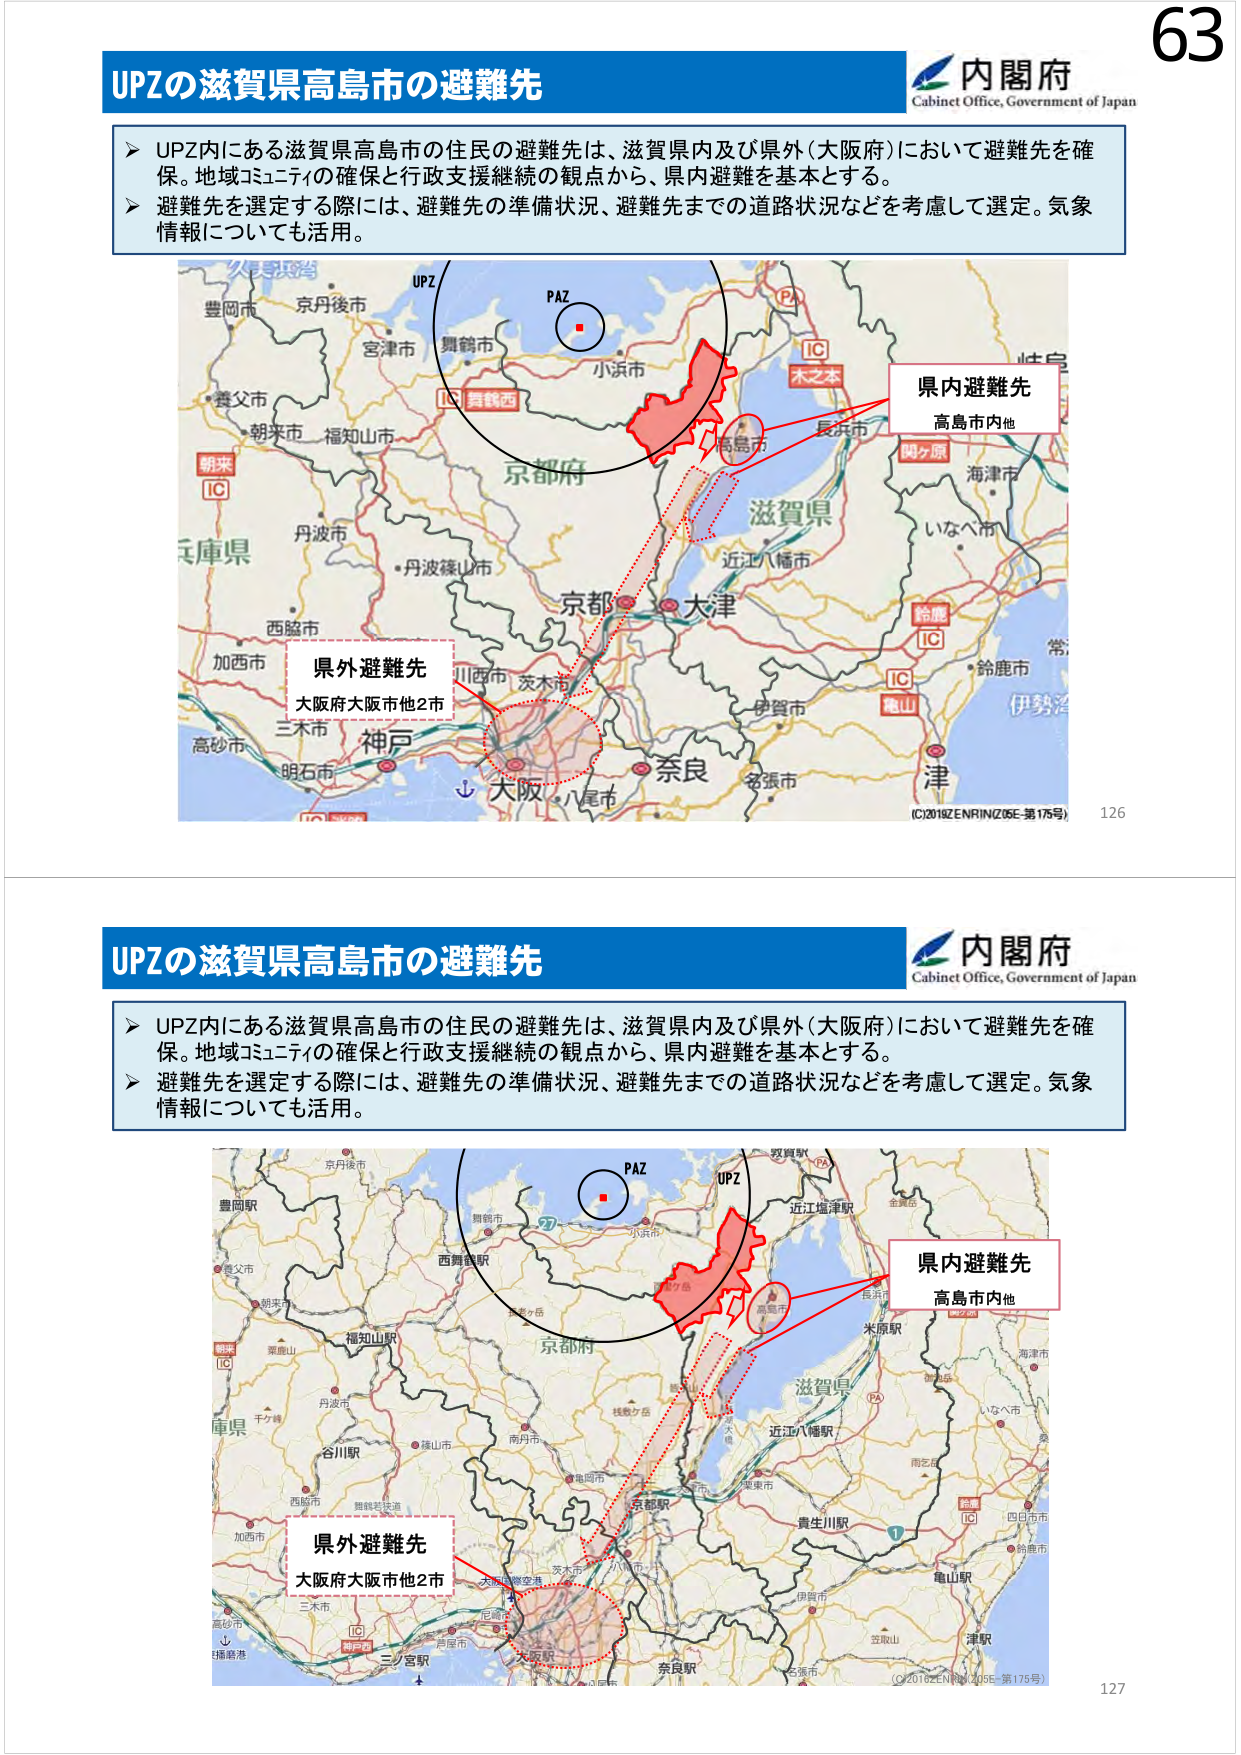
63
内閣府
Cabinet Office, Government of Japan
UPZの滋賀県高島市の避難先
➤ UPZ内にある滋賀県高島市の住民の避難先は、滋賀県内及び県外（大阪府）において避難先を確保。地域コミュニティの確保と行政支援継続の観点から、県内避難を基本とする。
➤ 避難先を選定する際には、避難先の準備状況、避難先までの道路状況などを考慮して選定。気象情報についても活用。
UPZ
PAZ
京都府
滋賀県
長浜市
高島市
木之本
IC
関ヶ原
海津市
いなべ市
鈴鹿
IC
伊勢湾
津
名張市
奈良
大津
京都
茨木市
川西市
神戸
明石市
三木市
高砂市
加西市
西脇市
丹波篠山市
丹波市
朝来
IC
豊岡市
京丹後市
宮津市
舞鶴市
小浜市
兵庫県
県内避難先
高島市内他
県外避難先
大阪府大阪市他2市
(C)2018ZENRIN(Z05E-第175号)
126
内閣府
Cabinet Office, Government of Japan
UPZの滋賀県高島市の避難先
➤ UPZ内にある滋賀県高島市の住民の避難先は、滋賀県内及び県外（大阪府）において避難先を確保。地域コミュニティの確保と行政支援継続の観点から、県内避難を基本とする。
➤ 避難先を選定する際には、避難先の準備状況、避難先までの道路状況などを考慮して選定。気象情報についても活用。
PAZ
UPZ
京都府
滋賀県
近江八幡駅
近江塩津駅
金森岳
長浜市
米原駅
海津市
いなべ市
四日市市
鈴鹿市
津駅
伊賀市
名張市
奈良駅
大津
京都
南丹市
亀岡市
京都市
天橋立
丹波市
福知山駅
谷川駅
篠山市
西脇市
加西市
高砂市
三木市
明石市
神戸
大阪駅
尼崎市
兵庫県
豊岡駅
豊岡市
京丹後市
舞鶴市
宮津市
小浜市
朝来
IC
粟鹿山
千々峰
播磨港
三ノ宮駅
大阪国際空港
茨木市
大阪府
県内避難先
高島市内他
県外避難先
大阪府大阪市他2市
(C)2018ZENRIN(Z05E-第175号)
127